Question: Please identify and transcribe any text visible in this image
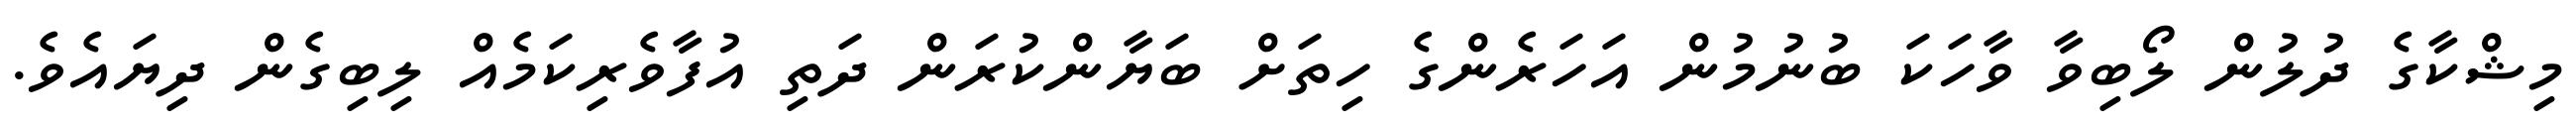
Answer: މިޝްކާގެ ދުލުން ލޯބިވާ ވާހަކަ ބުނުމުން އަހަރެންގެ ހިތަށް ބަޔާންކުރަން ދަތި އުފާވެރިކަމެއް ލިބިގެން ދިޔައެވެ.